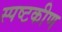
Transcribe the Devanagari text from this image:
स्पष्टकीण